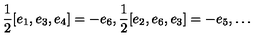
\frac { 1 } { 2 } [ e _ { 1 } , e _ { 3 } , e _ { 4 } ] = - e _ { 6 } , \frac { 1 } { 2 } [ e _ { 2 } , e _ { 6 } , e _ { 3 } ] = - e _ { 5 } , \ldots